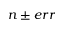
n \pm e r r